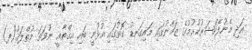
އަދި މެނުފެކްޝަރުކުރުމުގެ ޒަމާނުގައި މައިގަނޑު ގޮތުގައި އުޅުނީ ބައި އިޤްޠާޢީ ނުވަތަ މުޠްލަޤު(ފ)